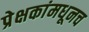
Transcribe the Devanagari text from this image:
प्रेक्षकांमधूनच